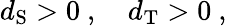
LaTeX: d_{\mathrm{S}}>0\ ,\quad d_{\mathrm{T}}>0\ ,